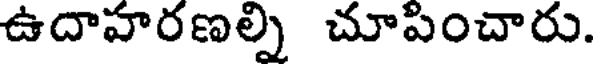
ఉదాహరణల్ని చూపించారు.